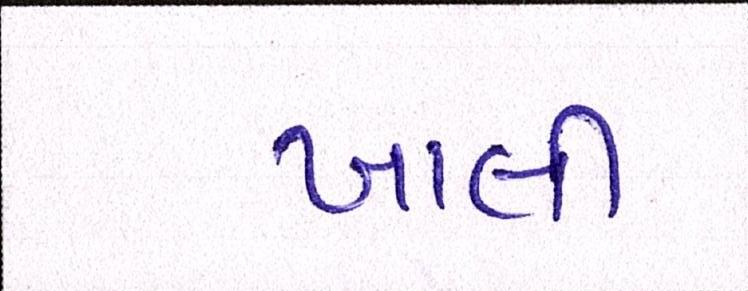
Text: ખાલી